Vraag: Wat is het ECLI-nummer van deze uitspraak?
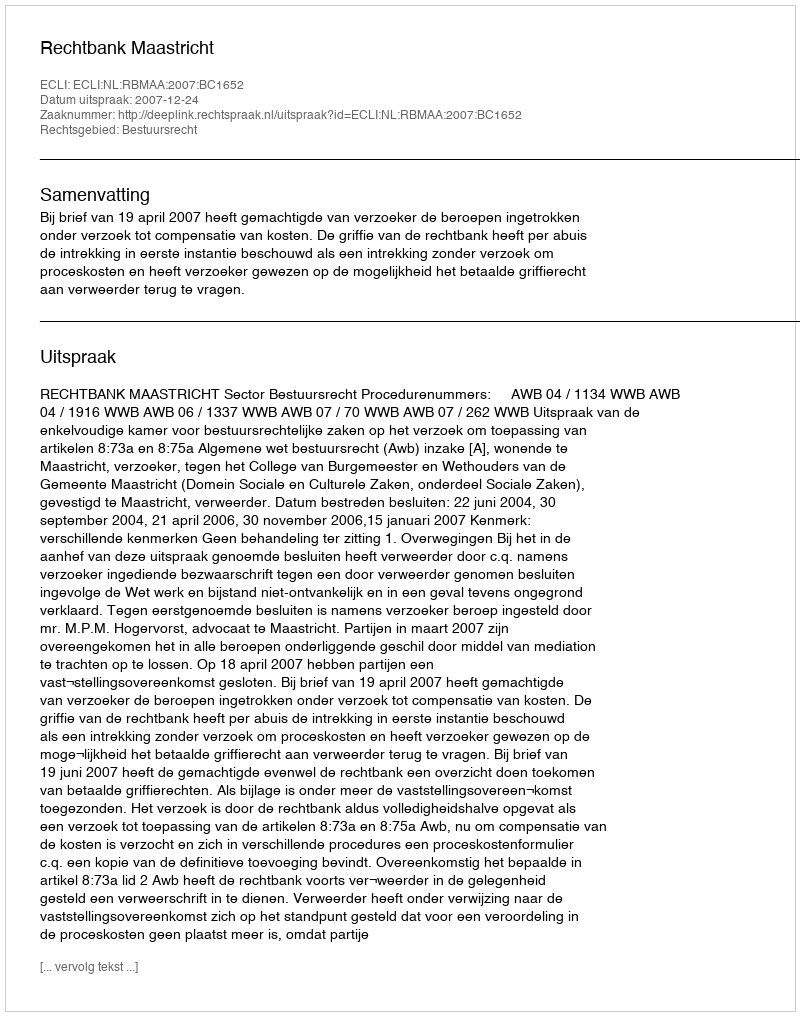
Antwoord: ECLI:NL:RBMAA:2007:BC1652